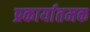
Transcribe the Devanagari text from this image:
प्रकार्यातमक